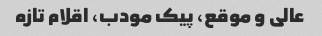
عالی و موقع، پیک مودب، اقلام تازه